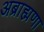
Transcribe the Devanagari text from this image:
अब्राह्मणा